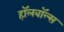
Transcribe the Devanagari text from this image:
हॉलवॉल्स